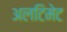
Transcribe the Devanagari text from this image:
अलटिमेट